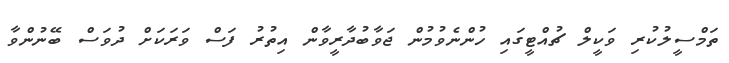
ތަމްސީލުކުރި ވަކީލް ޗުއްޓީގައި ހުންނެވުމުން ޖަވާބުދާރީވާން އިތުރު ފަސް ވަރަކަށް ދުވަސް ބޭނުންވާ